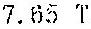
7.65 T